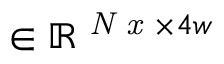
\in \mathbb { R } ^ { \textit { N x } \times 4 w }